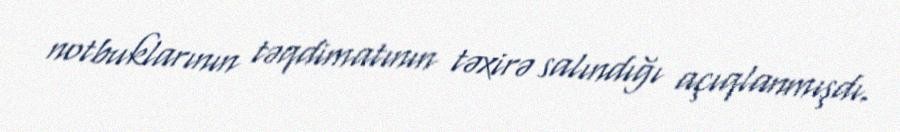
notbuklarının təqdimatının təxirə salındığı açıqlanmışdı.